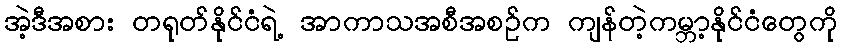
အဲ့ဒီအစား တရုတ်နိုင်ငံရဲ့ အာကာသအစီအစဉ်က ကျန်တဲ့ကမ္ဘာ့နိုင်ငံတွေကို